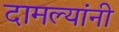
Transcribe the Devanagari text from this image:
दामल्यांनी